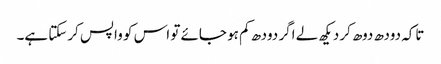
تاکہ دودھ دوھ کر دیکھ لے اگر دودھ کم ہو جائے تو اس کو واپس کرسکتا ہے۔